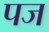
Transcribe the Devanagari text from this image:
पज